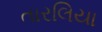
તારલિયા